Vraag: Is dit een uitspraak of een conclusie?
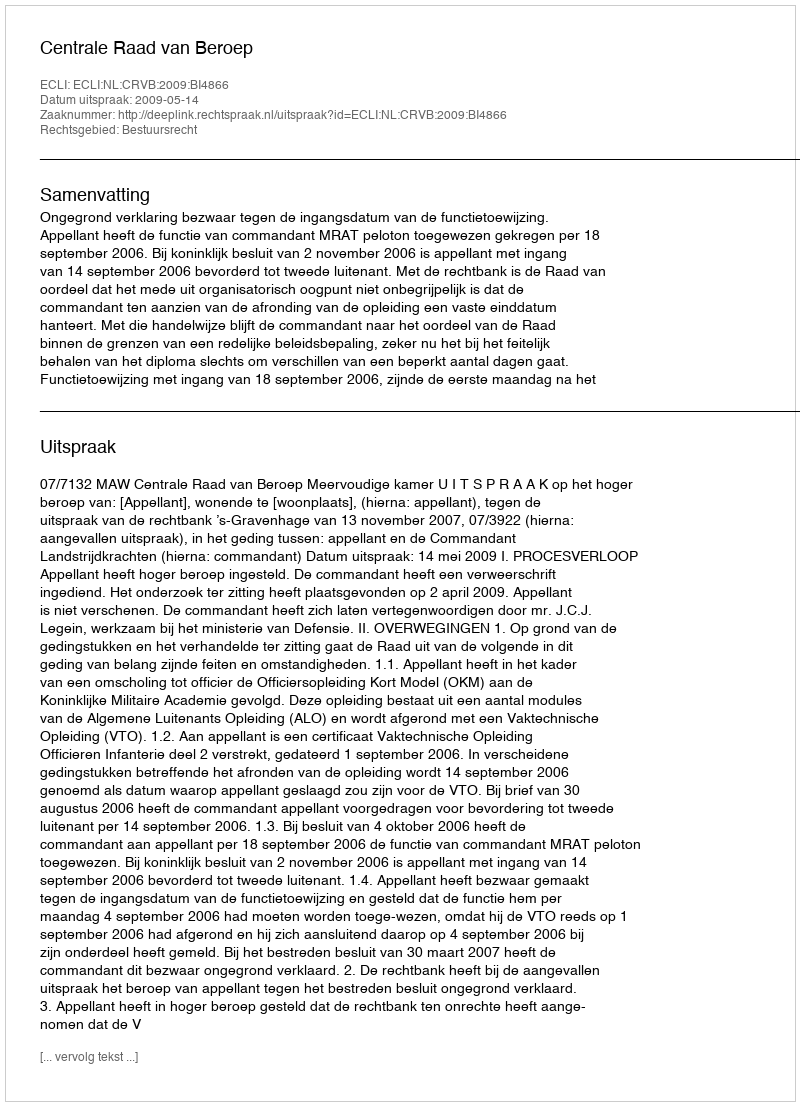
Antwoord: Uitspraak